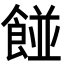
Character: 𮨿